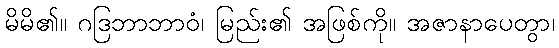
မိမိ၏။ ဂဒြဘာဘာဝံ၊ မြည်း၏ အဖြစ်ကို။ အဇာနာပေတွာ၊